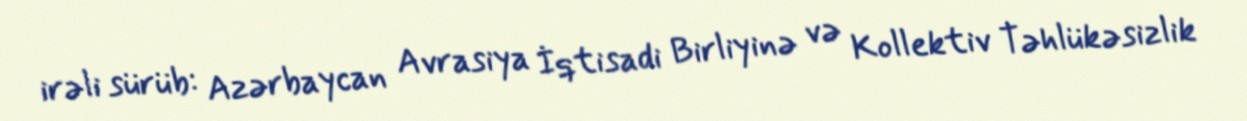
irəli sürüb: Azərbaycan Avrasiya İqtisadi Birliyinə və Kollektiv Təhlükəsizlik